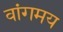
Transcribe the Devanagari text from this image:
वांगमय